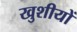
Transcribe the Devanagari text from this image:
खुशीयों